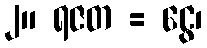
၂။ ရဇတ = ငွေ၊